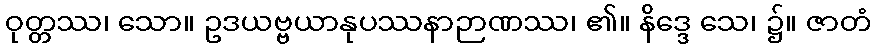
ဝုတ္တဿ၊ သော။ ဥဒယဗ္ဗယာနုပဿနာဉာဏဿ၊ ၏။ နိဒ္ဒေ သေ၊ ၌။ ဇာတံ